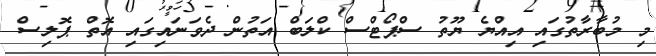
މި މުބާރާތުގައި އިއްޔެ ޔޫތު ސްޕޯޓްސް ކްލަބް އަތުން ދެވަނައިގައި އޮތް ޕޮލިސް